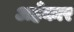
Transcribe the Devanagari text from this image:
अहँकार